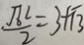
\frac { \sqrt { 6 } ^ { 2 } } { 2 } = 3 + \sqrt { 1 3 }